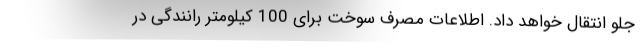
جلو انتقال خواهد داد. اطلاعات مصرف سوخت برای 100 کیلومتر رانندگی در